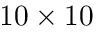
1 0 \times 1 0